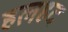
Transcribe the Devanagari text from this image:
हलहद